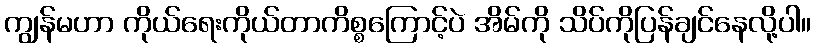
ကျွန်မဟာ ကိုယ်ရေးကိုယ်တာကိစ္စကြောင့်ပဲ အိမ်ကို သိပ်ကိုပြန်ချင်နေလို့ပါ။